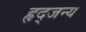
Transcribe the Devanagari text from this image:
हृद्जन्‍य